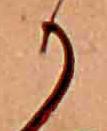
か